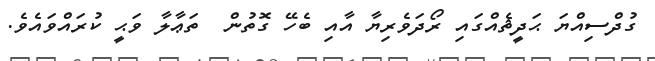
ގުދްސިއްޔަ ޙަދީޘެއްގައި ރޯދަވެރިޔާ އާއި ބެހޭ ގޮތުން  ތަޢާލާ ވަޙީ ކުރައްވައެވެ.